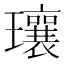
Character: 瓖